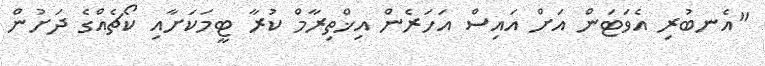
"އެނބުރި އެވަޓަން އަށް އައިސް އަހަރެން އިޚްތިރާމް ކުރާ ޓީމަކަށާއި ކޯޗެއްގެ ދަށުން